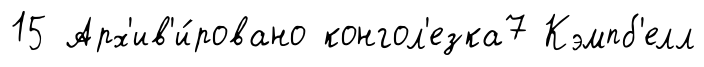
15 Арх'ив'и́ровано конгол'езка7 Кэмпб'елл